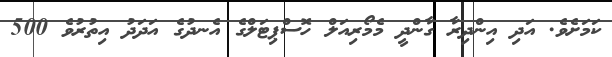
ކަމަށެވެ. އަދި އިންދިރާ ގާންދީ މެމޯރިއަލް ހޮސްޕިޓަލްގެ އެނދުގެ އަދަދު އިތުރުވެ 500